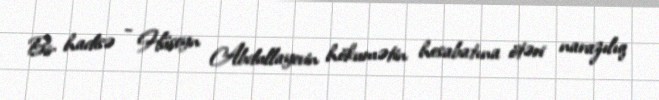
Bir hadisə - Hüseyn Abdullayevin hökumətin hesabatına ötəri narazılıq